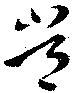
常